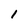
Character: 1